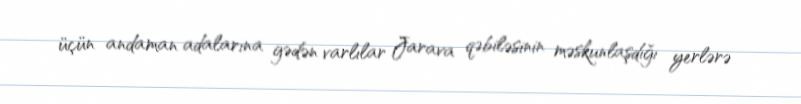
üçün andaman adalarına gədən varlılar Jarava qəbiləsinin məskunlaşdığı yerlərə